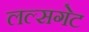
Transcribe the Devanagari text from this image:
लल्सगेट